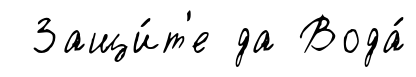
Защи́т'е да Вода́